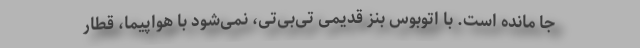
جا مانده است. با اتوبوس بنز قدیمی تی‌بی‌تی، نمی‌شود با هواپیما، قطار